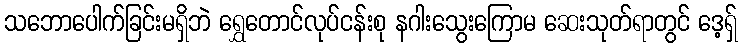
သဘောပေါက်ခြင်းမရှိဘဲ ရွှေတောင်လုပ်ငန်းစု နဂါးသွေးကြောမ ဆေးသုတ်ရာတွင် ဒေ့ရှ်